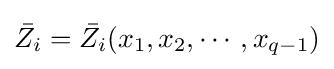
{\bar {Z_{i}}}={\bar {Z_{i}}}(x_{1},x_{2},\cdots ,x_{q-1})